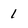
Character: 1